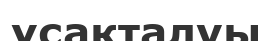
ұсақталуы